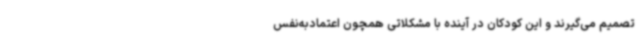
تصمیم می‌گیرند و این کودکان در آینده با مشکلاتی همچون اعتمادبه‌نفس